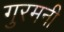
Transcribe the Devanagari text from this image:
गुरमनी